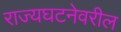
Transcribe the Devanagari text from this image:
राज्यघटनेवरील